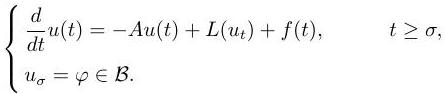
\[
\begin{cases}
\frac{d}{dt}u(t) = -Au(t) + L(u_t) + f(t), & t \geq \sigma, \\
u_{\sigma} = \varphi \in \mathcal{B}.
\end{cases}
\]